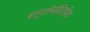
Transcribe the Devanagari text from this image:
बाहुक्षेपोदितप्रियः।